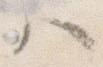
ハ